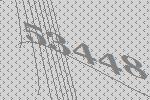
53448